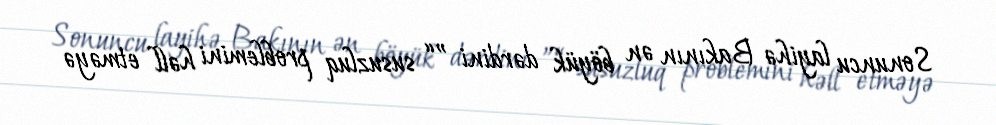
Sonuncu layihə Bakının ən böyük dərdini ”“ susuzluq problemini həll etməyə